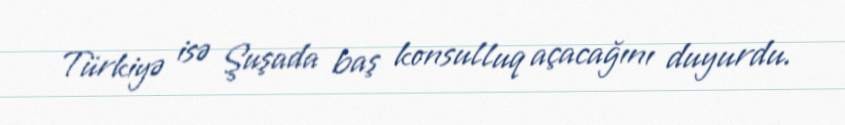
Türkiyə isə Şuşada baş konsulluq açacağını duyurdu.